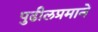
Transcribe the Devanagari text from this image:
पुढीलप्रमाने